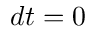
d t = 0